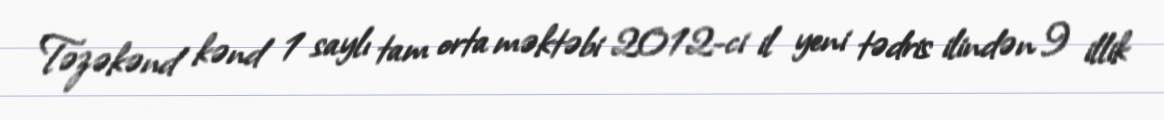
Təzəkənd kənd 1 saylı tam orta məktəbi 2012-ci il yeni tədris ilindən 9 illik